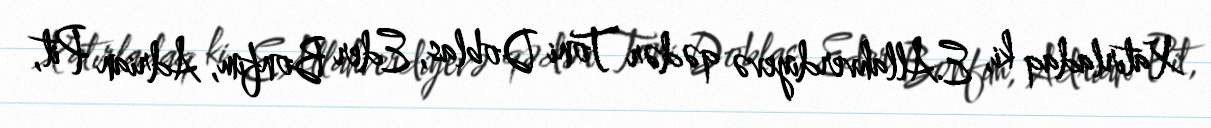
Xatırladaq ki, E.Allahverdiyevə qədər Toni Doblas, Eder Bonfim, Adrian Pit,